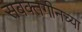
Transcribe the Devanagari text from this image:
सबक्तगीनच्या